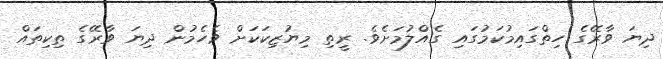
ދިޔަ ވާރޭގެ ހިތްގައިމުކަމުގައި ގެއްލުމަށެވެ. ރީތި މިޔުޒިކަކަށް ވެހެމުން ދިޔަ ވާރޭގެ ތިކިތައް